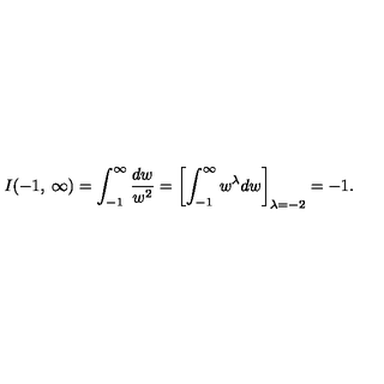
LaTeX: I ( - 1 , \: \infty ) = \int _ { - 1 } ^ { \infty } \frac { d w } { w ^ { 2 } } = \left[ \int _ { - 1 } ^ { \infty } w ^ { \lambda } d w \right] _ { \lambda = - 2 } = - 1 .